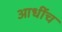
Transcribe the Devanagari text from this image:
आधींच